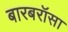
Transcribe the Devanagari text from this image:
बारबरॉसा